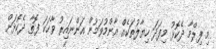
މި ފިލްމާ ދެކޮޅު މިފަދަ ހިޔާލުތަކެއް އާންމުވަމުން އަންނައިރު ވާހަކަ ފޮތާ ދެކޮޅަށް